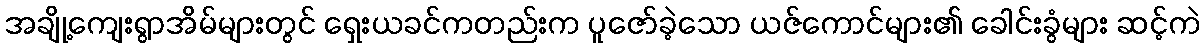
အချို့ကျေးရွာအိမ်များတွင် ရှေးယခင်ကတည်းက ပူဇော်ခဲ့သော ယဇ်ကောင်များ၏ ခေါင်းခွံများ ဆင့်ကဲ